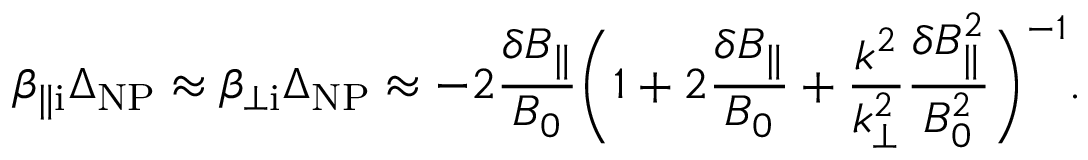
\beta _ { \parallel \mathrm { i } } \Delta _ { \mathrm { N P } } \approx \beta _ { \perp \mathrm { i } } \Delta _ { \mathrm { N P } } \approx - 2 \frac { \delta B _ { \parallel } } { B _ { 0 } } \biggl ( 1 + 2 \frac { \delta B _ { \parallel } } { B _ { 0 } } + \frac { k ^ { 2 } } { k _ { \perp } ^ { 2 } } \frac { \delta B _ { \parallel } ^ { 2 } } { B _ { 0 } ^ { 2 } } \biggr ) ^ { - 1 } .